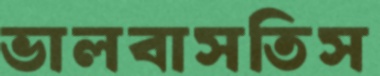
ভালবাসতিস